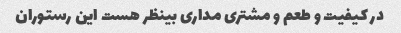
در کیفیت و طعم و مشتری مداری بینظر هست این رستوران